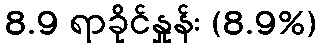
8.9 ရာခိုင်နှုန်း (8.9%)